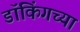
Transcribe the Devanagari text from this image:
डॉकिंगच्या